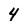
Character: 4